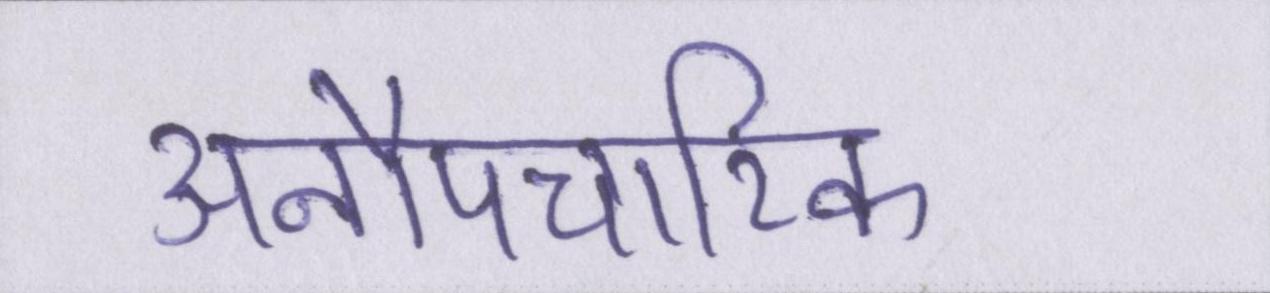
अनौपचारिक